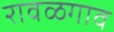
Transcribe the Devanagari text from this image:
रावळगाव